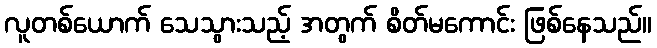
လူတစ်ယောက် သေသွားသည့် အတွက် စိတ်မကောင်း ဖြစ်နေသည်။